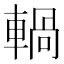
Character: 𨍋